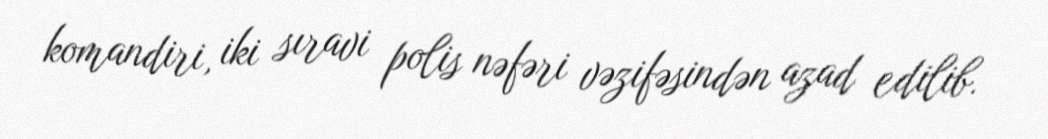
komandiri, iki sıravi polis nəfəri vəzifəsindən azad edilib.